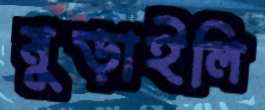
মুড়াইলি